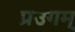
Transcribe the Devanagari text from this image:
प्रउगम्